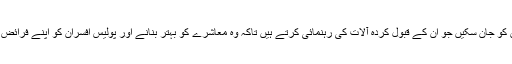
شہریوں کو یہ حق حاصل ہے کہ وہ ان پالیسیوں کو جان سکیں جو ان کے قبول کردہ آلات کی رہنمائی کرتے ہیں تاکہ وہ معاشرے کو بہتر بنانے اور پولیس افسران کو اپنے فرائض میں مدد فراہم کرنے کے لئے استعمال ہوسکیں۔